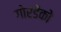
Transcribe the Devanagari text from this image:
गोरडेंको